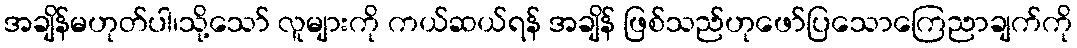
အချိန်မဟုတ်ပါ၊သို့သော် လူများကို ကယ်ဆယ်ရန် အချိန် ဖြစ်သည်ဟုဖော်ပြသောကြေညာချက်ကို